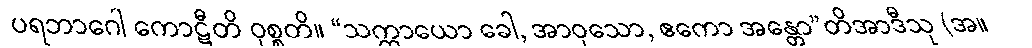
ပရဘာဂေါ ကောဋီတိ ဝုစ္စတိ။ “သက္ကာယော ခေါ, အာဝုသော, ဧကော အန္တော”တိအာဒီသု (အ။